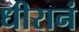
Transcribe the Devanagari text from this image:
धीरानं